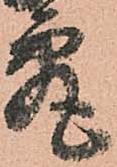
究